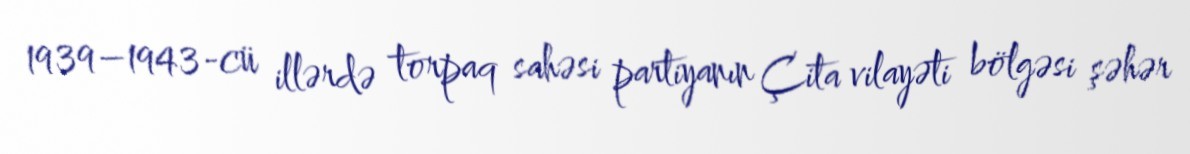
1939–1943-cü illərdə torpaq sahəsi partiyanın Çita vilayəti bölgəsi şəhər